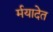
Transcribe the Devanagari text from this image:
र्मयादेत